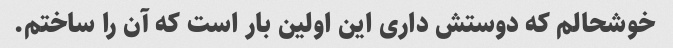
خوشحالم که دوستش داری این اولین بار است که آن را ساختم.